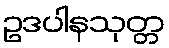
ဥဒပါနသုတ္တ